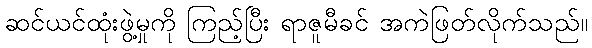
ဆင်ယင်ထုံးဖွဲ့မှုကို ကြည့်ပြီး ရာဇူမီခင် အကဲဖြတ်လိုက်သည်။